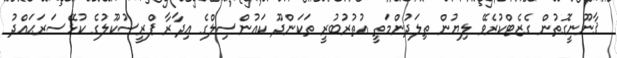
ޤާނޫނީގޮތުން ގެޒެޓްކުރެވޭ ލިޔުން ތިލަދުންމަތީ އުތުރުބުރީ ތަކަންދޫ ކައުންސިލްގެ އިދާރާ ޕްރީސުކޫލުގެ ކުޅޭސަރަޙައްދު